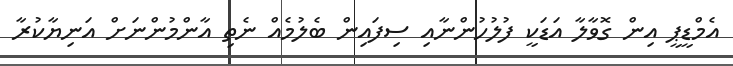
އެމްޑީޕީ އިން ގޮވާލާ އަޑަކީ ފުލުހުންނާއި ސިފައިން ބެލުމެއް ނެތި އާންމުންނަށް އަނިޔާކުރާ